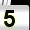
Digit: 5